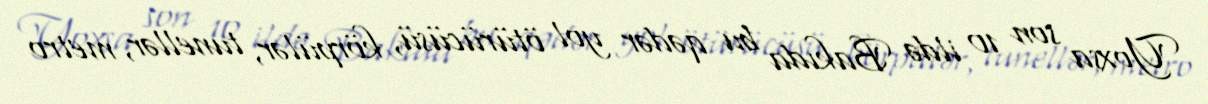
Yoxsa son 10 ildə Bakıda bu qədər yol ötürücüsü, körpülər, tunellər, metro